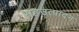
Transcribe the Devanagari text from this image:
सहउत्पादन